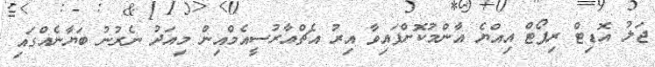
ޖަލު އޮޑިޓް ރިޕޯޓް އިިއްޔެ އާންމުކޮށްފައިވާ އިރު އެޗްއާރުސީއެމްއިން މިއަދު ނެރުނު ބަޔާނެއްގައި